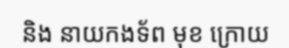
និង នាយកងទ័ព មុខ ក្រោយ